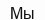
Мы